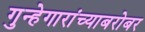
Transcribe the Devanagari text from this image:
गुन्हेगारांच्याबरोबर